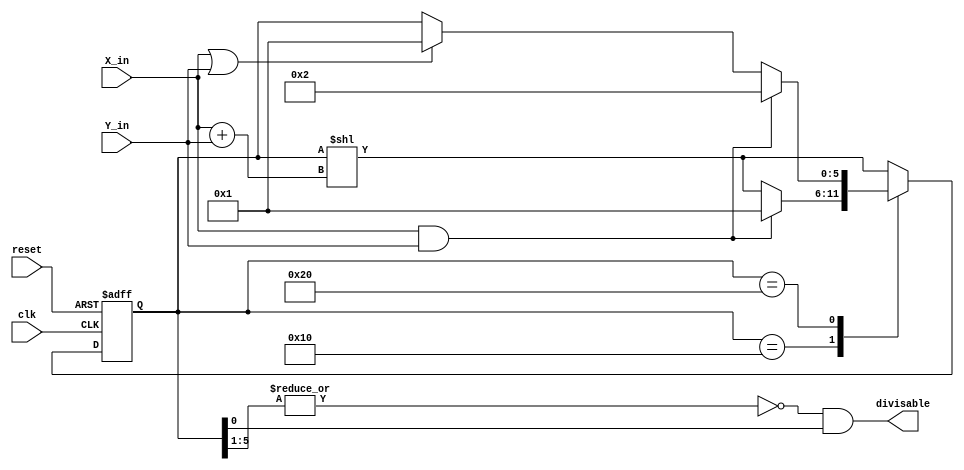
module one_hot_divisable_by_six (reset, clk, X_in, Y_in, divisable);
     input reset, clk, X_in, Y_in;
     output divisable;

     reg [5:0] state, next;

     always @(posedge clk or posedge reset) begin
          if (reset) begin
               state <= 6'b000001;
          end
          else begin
               state <= next;
          end
     end

     // Combinational always block, so we'll use
     // blocking statements here
     always @(*) begin
          next = 6'bx;
          case (state)
               6'b010000:
               begin
                    if (X_in & Y_in) next = 6'b000001;
                    else next = state << X_in + Y_in;
               end
               6'b100000:
               begin
                    if (X_in & Y_in) next = 6'b000010;
                    else if (X_in | Y_in) next = 6'b000001;
                    else next = state;
               end
               // Heavy use of default case, because 
               // with it we can take full advantage
               // of the symmetry of our FSM's design
               default: next = state << X_in + Y_in;
          endcase
     end

     assign divisable = ~|state[5:1] & state[0];

endmodule